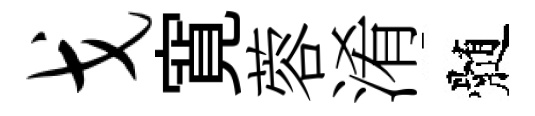
戈寛蓉淆髄